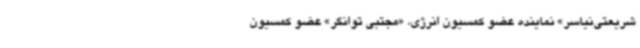
شریعتی‌نیاسر» نماینده عضو کمسیون انرژی، «مجتبی توانگر» عضو کمسیون